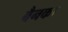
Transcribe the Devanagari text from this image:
बैनका